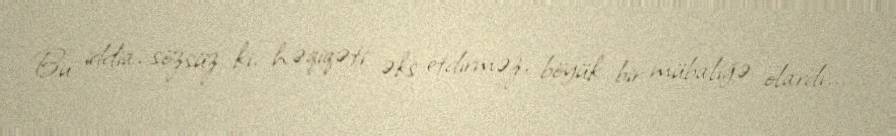
Bu iddia, sözsüz ki, həqiqəti əks etdirməz, böyük bir mübaliğə olardı...